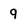
Character: g